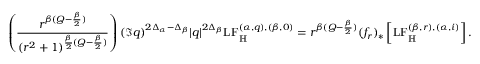
\left( \frac { r ^ { \beta ( Q - \frac { \beta } { 2 } ) } } { ( r ^ { 2 } + 1 ) ^ { \frac { \beta } { 2 } ( Q - \frac { \beta } { 2 } ) } } \right) ( \Im q ) ^ { 2 \Delta _ { \alpha } - \Delta _ { \beta } } | q | ^ { 2 \Delta _ { \beta } } \mathrm { L F } _ { \mathbb H } ^ { ( \alpha , q ) , ( \beta , 0 ) } = r ^ { \beta ( Q - \frac { \beta } { 2 } ) } ( f _ { r } ) _ { * } \left[ \mathrm { L F } _ { \mathbb H } ^ { ( \beta , r ) , ( \alpha , i ) } \right] .